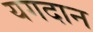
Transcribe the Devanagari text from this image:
यगदान